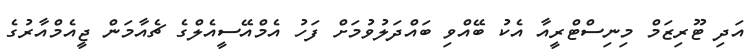
އަދި ޓޫރިޒަމް މިނިސްޓްރީއާ އެކު ބޭއްވި ބައްދަލުވުމަށް ފަހު އެމްއޭސީއެލްގެ ޗެއާމަން ޖީއެމްއާރުގެ